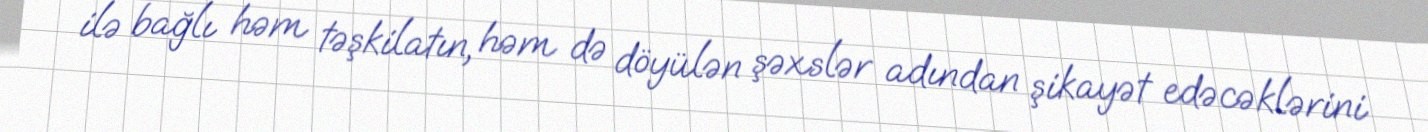
ilə bağlı həm təşkilatın, həm də döyülən şəxslər adından şikayət edəcəklərini